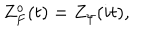
LaTeX: Z _ { F } ^ { o } ( t ) = Z _ { \psi } ( i t ) ,